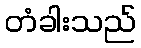
တံခါးသည်